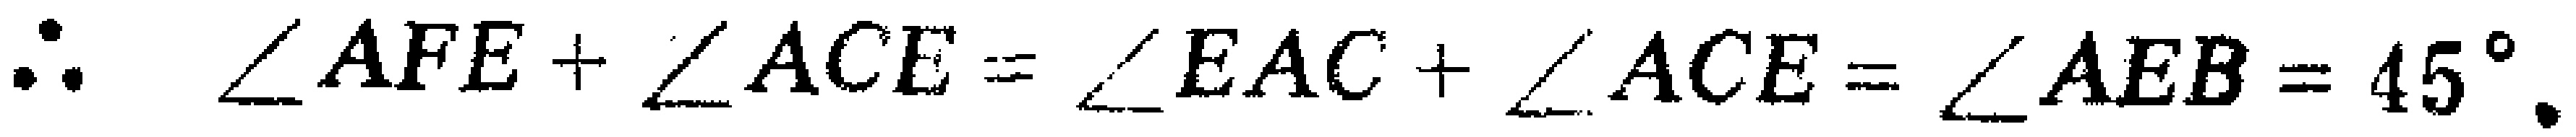
\(\therefore \angle AFE + \angle ACE = \angle EAC + \angle ACE = \angle AEB = 45^{\circ}.\)